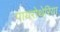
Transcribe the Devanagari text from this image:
पायरोथेरिया